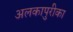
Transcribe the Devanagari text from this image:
अलकापुरीका